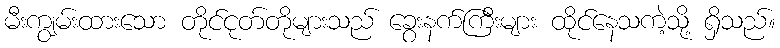
မီးကျွမ်းထားသော တိုင်ငုတ်တိုများသည် ခွေးနက်ကြီးများ ထိုင်နေသကဲ့သို့ ရှိသည်။